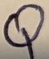
Text: Q